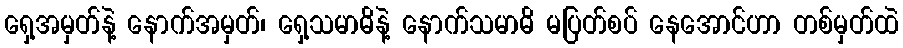
ရှေ့အမှတ်နဲ့ နောက်အမှတ်၊ ရှေ့သမာဓိနဲ့ နောက်သမာဓိ မပြတ်စပ် နေအောင်ဟာ တစ်မှတ်ထဲ